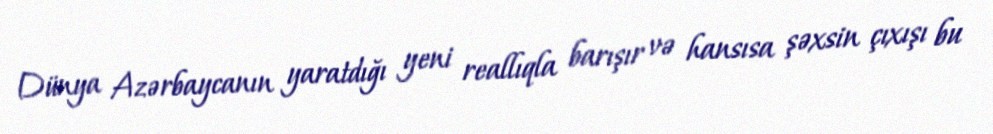
Dünya Azərbaycanın yaratdığı yeni reallıqla barışır və hansısa şəxsin çıxışı bu